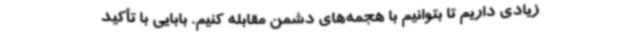
زیادی داریم تا بتوانیم با هجمه‌های دشمن مقابله کنیم. بابایی با تأکید